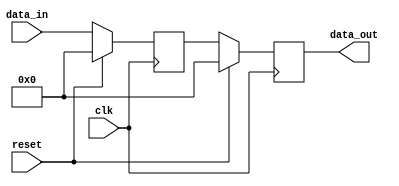
module synchronous_reset_example (
    input wire clk,          // Clock signal
    input wire reset,        // Synchronous reset signal
    input wire [7:0] data_in, // Example data input
    output reg [7:0] data_out // Example data output
);

// Internal state variable
reg [7:0] internal_state;

// Always block triggered on the rising edge of the clock
always @(posedge clk) begin
    if (reset) begin
        // Synchronous reset active: initialize internal state and output
        internal_state <= 8'b0;  // Reset internal state to 0
        data_out <= 8'b0;         // Reset output to 0
    end else begin
        // Normal operation logic
        internal_state <= data_in; // Example operation: update state with input data
        data_out <= internal_state; // Output current internal state
    end
end

endmodule